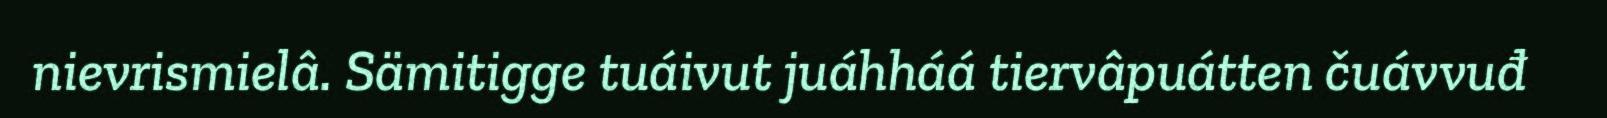
nievrismielâ. Sämitigge tuáivut juáhháá tiervâpuátten čuávvuđ